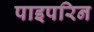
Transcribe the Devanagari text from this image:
पाइपरिन